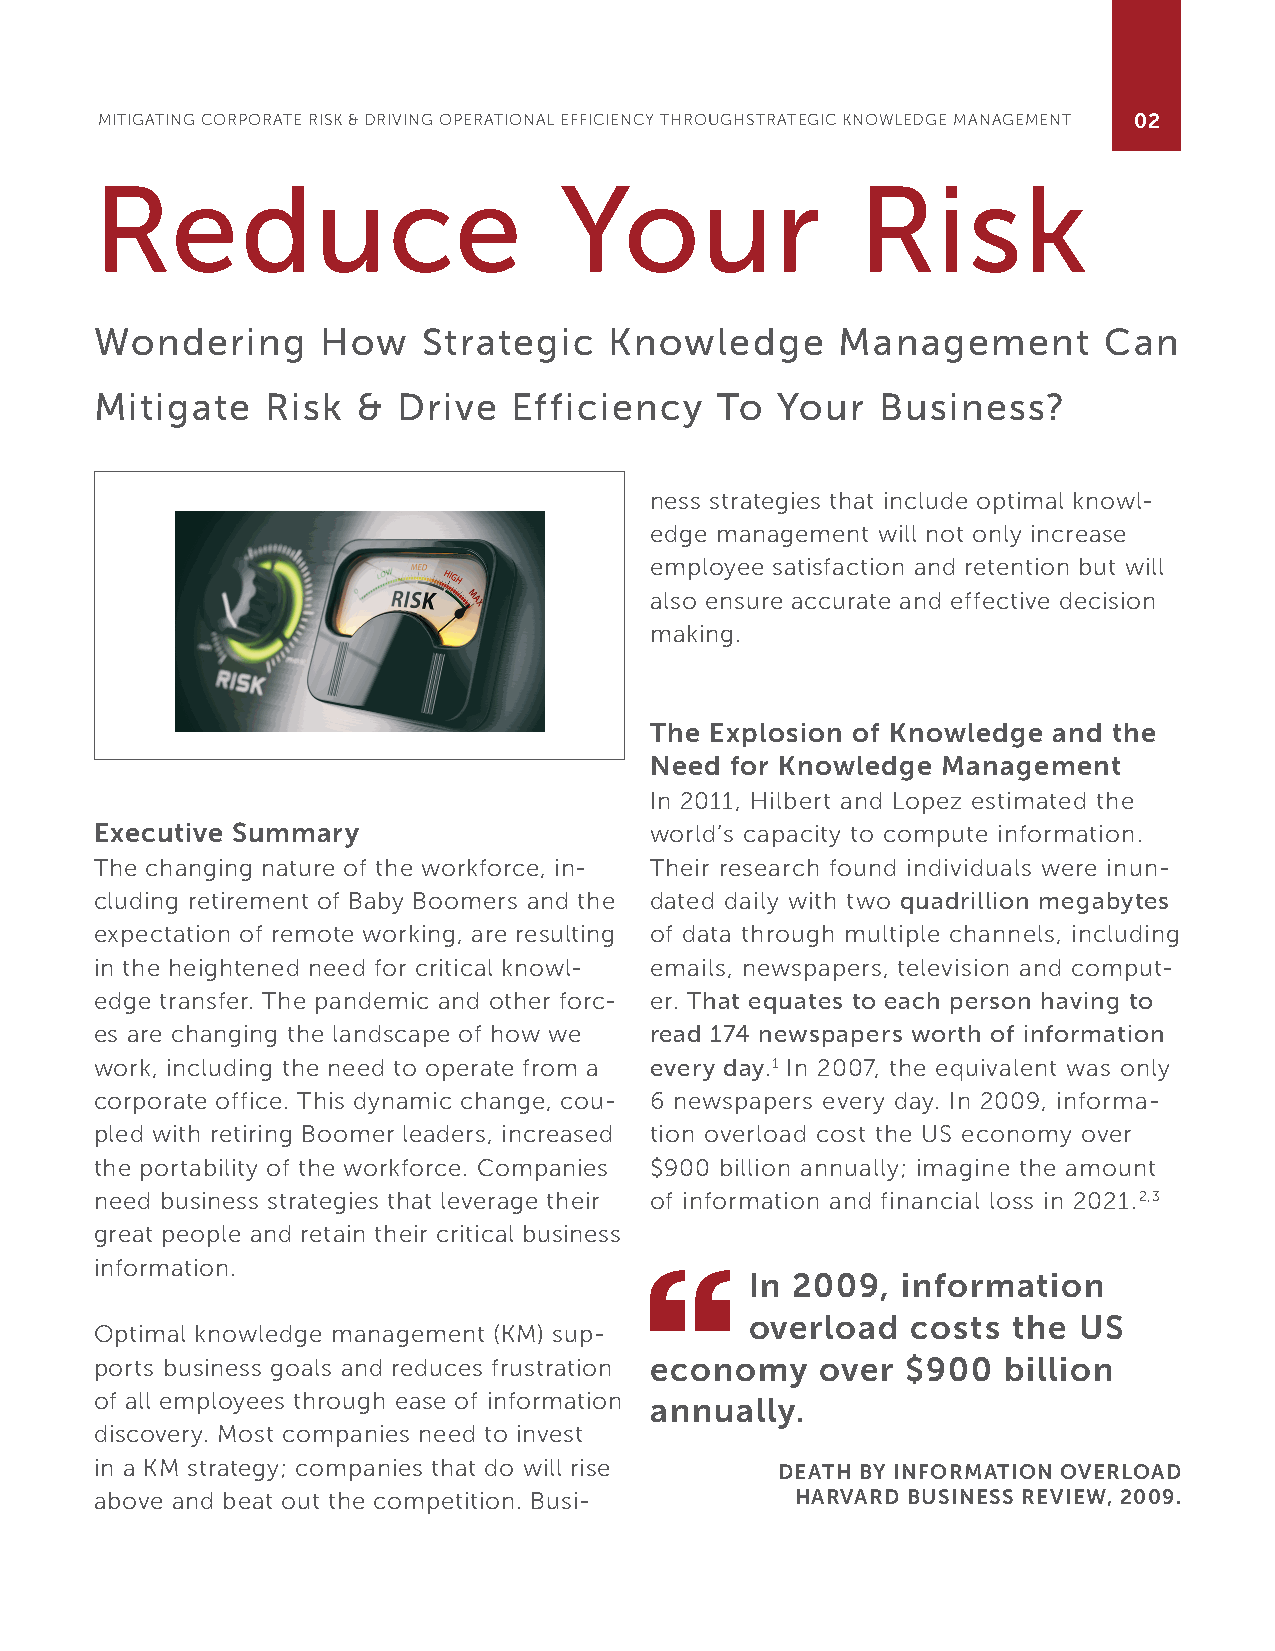
MITIGATING CORPORATE RISK & DRIVING OPERATIONAL EFFICIENCY THROUGHSTRATEGIC KNOWLEDGE MANAGEMENT 02
 Reduce                         Your                Risk
 Wondering      How    Strategic   Knowledge       Management       Can
 Mitigate    Risk  & Drive   Efficiency   To  Your   Business?
 ness strategies that include optimal knowl-
 edge management will not only increase
 employee satisfaction and retention but will
 also ensure accurate and effective decision
 making.
 The Explosion of Knowledge and the
 Need for Knowledge Management
 In 2011, Hilbert and Lopez estimated the
 Executive Summary                    world’s capacity to compute information.
 The changing nature of the workforce, in- Their research found individuals were inun-
 cluding retirement of Baby Boomers and the dated daily with two quadrillion megabytes
 expectation of remote working, are resulting of data through multiple channels, including
 in the heightened need for critical knowl- emails, newspapers, television and comput-
 edge transfer. The pandemic and other forc- er. That equates to each person having to
 es are changing the landscape of how we read 174 newspapers worth of information
 work, including the need to operate from a every day.1 In 2007, the equivalent was only
 corporate office. This dynamic change, cou- 6 newspapers every day. In 2009, informa-
 pled with retiring Boomer leaders, increased tion overload cost the US economy over
 the portability of the workforce. Companies $900 billion annually; imagine the amount
 need business strategies that leverage their of information and financial loss in 2021.2,3
 great people and retain their critical business
 information.
 In 2009,  information
 overload  costs  the US
 Optimal knowledge management (KM) sup-
 ports business goals and reduces frustration economy over $900 billion
 of all employees through ease of information annually.
 discovery. Most companies need to invest
 in a KM strategy; companies that do will rise DEATH BY INFORMATION OVERLOAD
 above and beat out the competition. Busi-      HARVARD BUSINESS REVIEW, 2009.